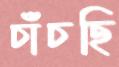
চাঁচছি